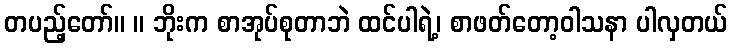
တပည့်တော်။ ။ ဘိုးက စာအုပ်စုတာဘဲ ထင်ပါရဲ့၊ စာဖတ်တော့ဝါသနာ ပါလှတယ်